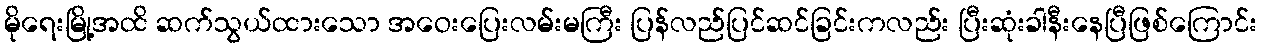
မိုရေးမြို့အထိ ဆက်သွယ်ထားသော အဝေးပြေးလမ်းမကြီး ပြန်လည်ပြင်ဆင်ခြင်းကလည်း ပြီးဆုံးခါနီးနေပြီဖြစ်ကြောင်း